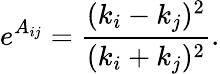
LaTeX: e^{A_{ij}}={\frac{(k_{i}-k_{j})^{2}}{(k_{i}+k_{j})^{2}}}.